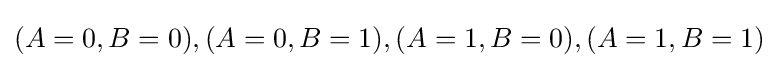
(A=0,B=0),(A=0,B=1),(A=1,B=0),(A=1,B=1)